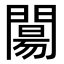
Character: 𨵶